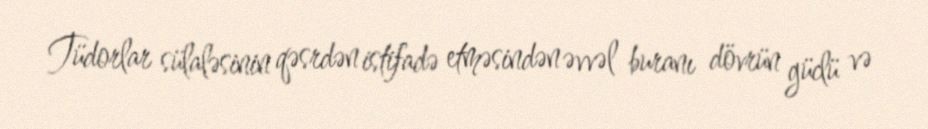
Tüdorlar sülaləsinin qəsrdən istifadə etməsindən əvvəl buranı dövrün güclü və